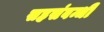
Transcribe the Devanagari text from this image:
सहसंबन्धी